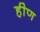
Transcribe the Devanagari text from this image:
हीण